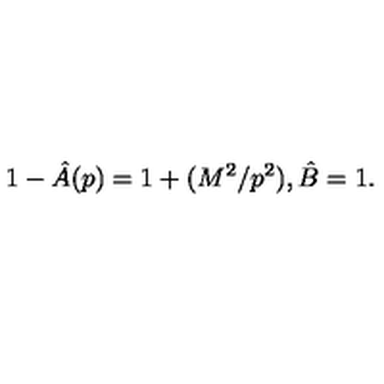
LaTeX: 1 - \hat { A } ( p ) = 1 + ( M ^ { 2 } / p ^ { 2 } ) , \hat { B } = 1 .